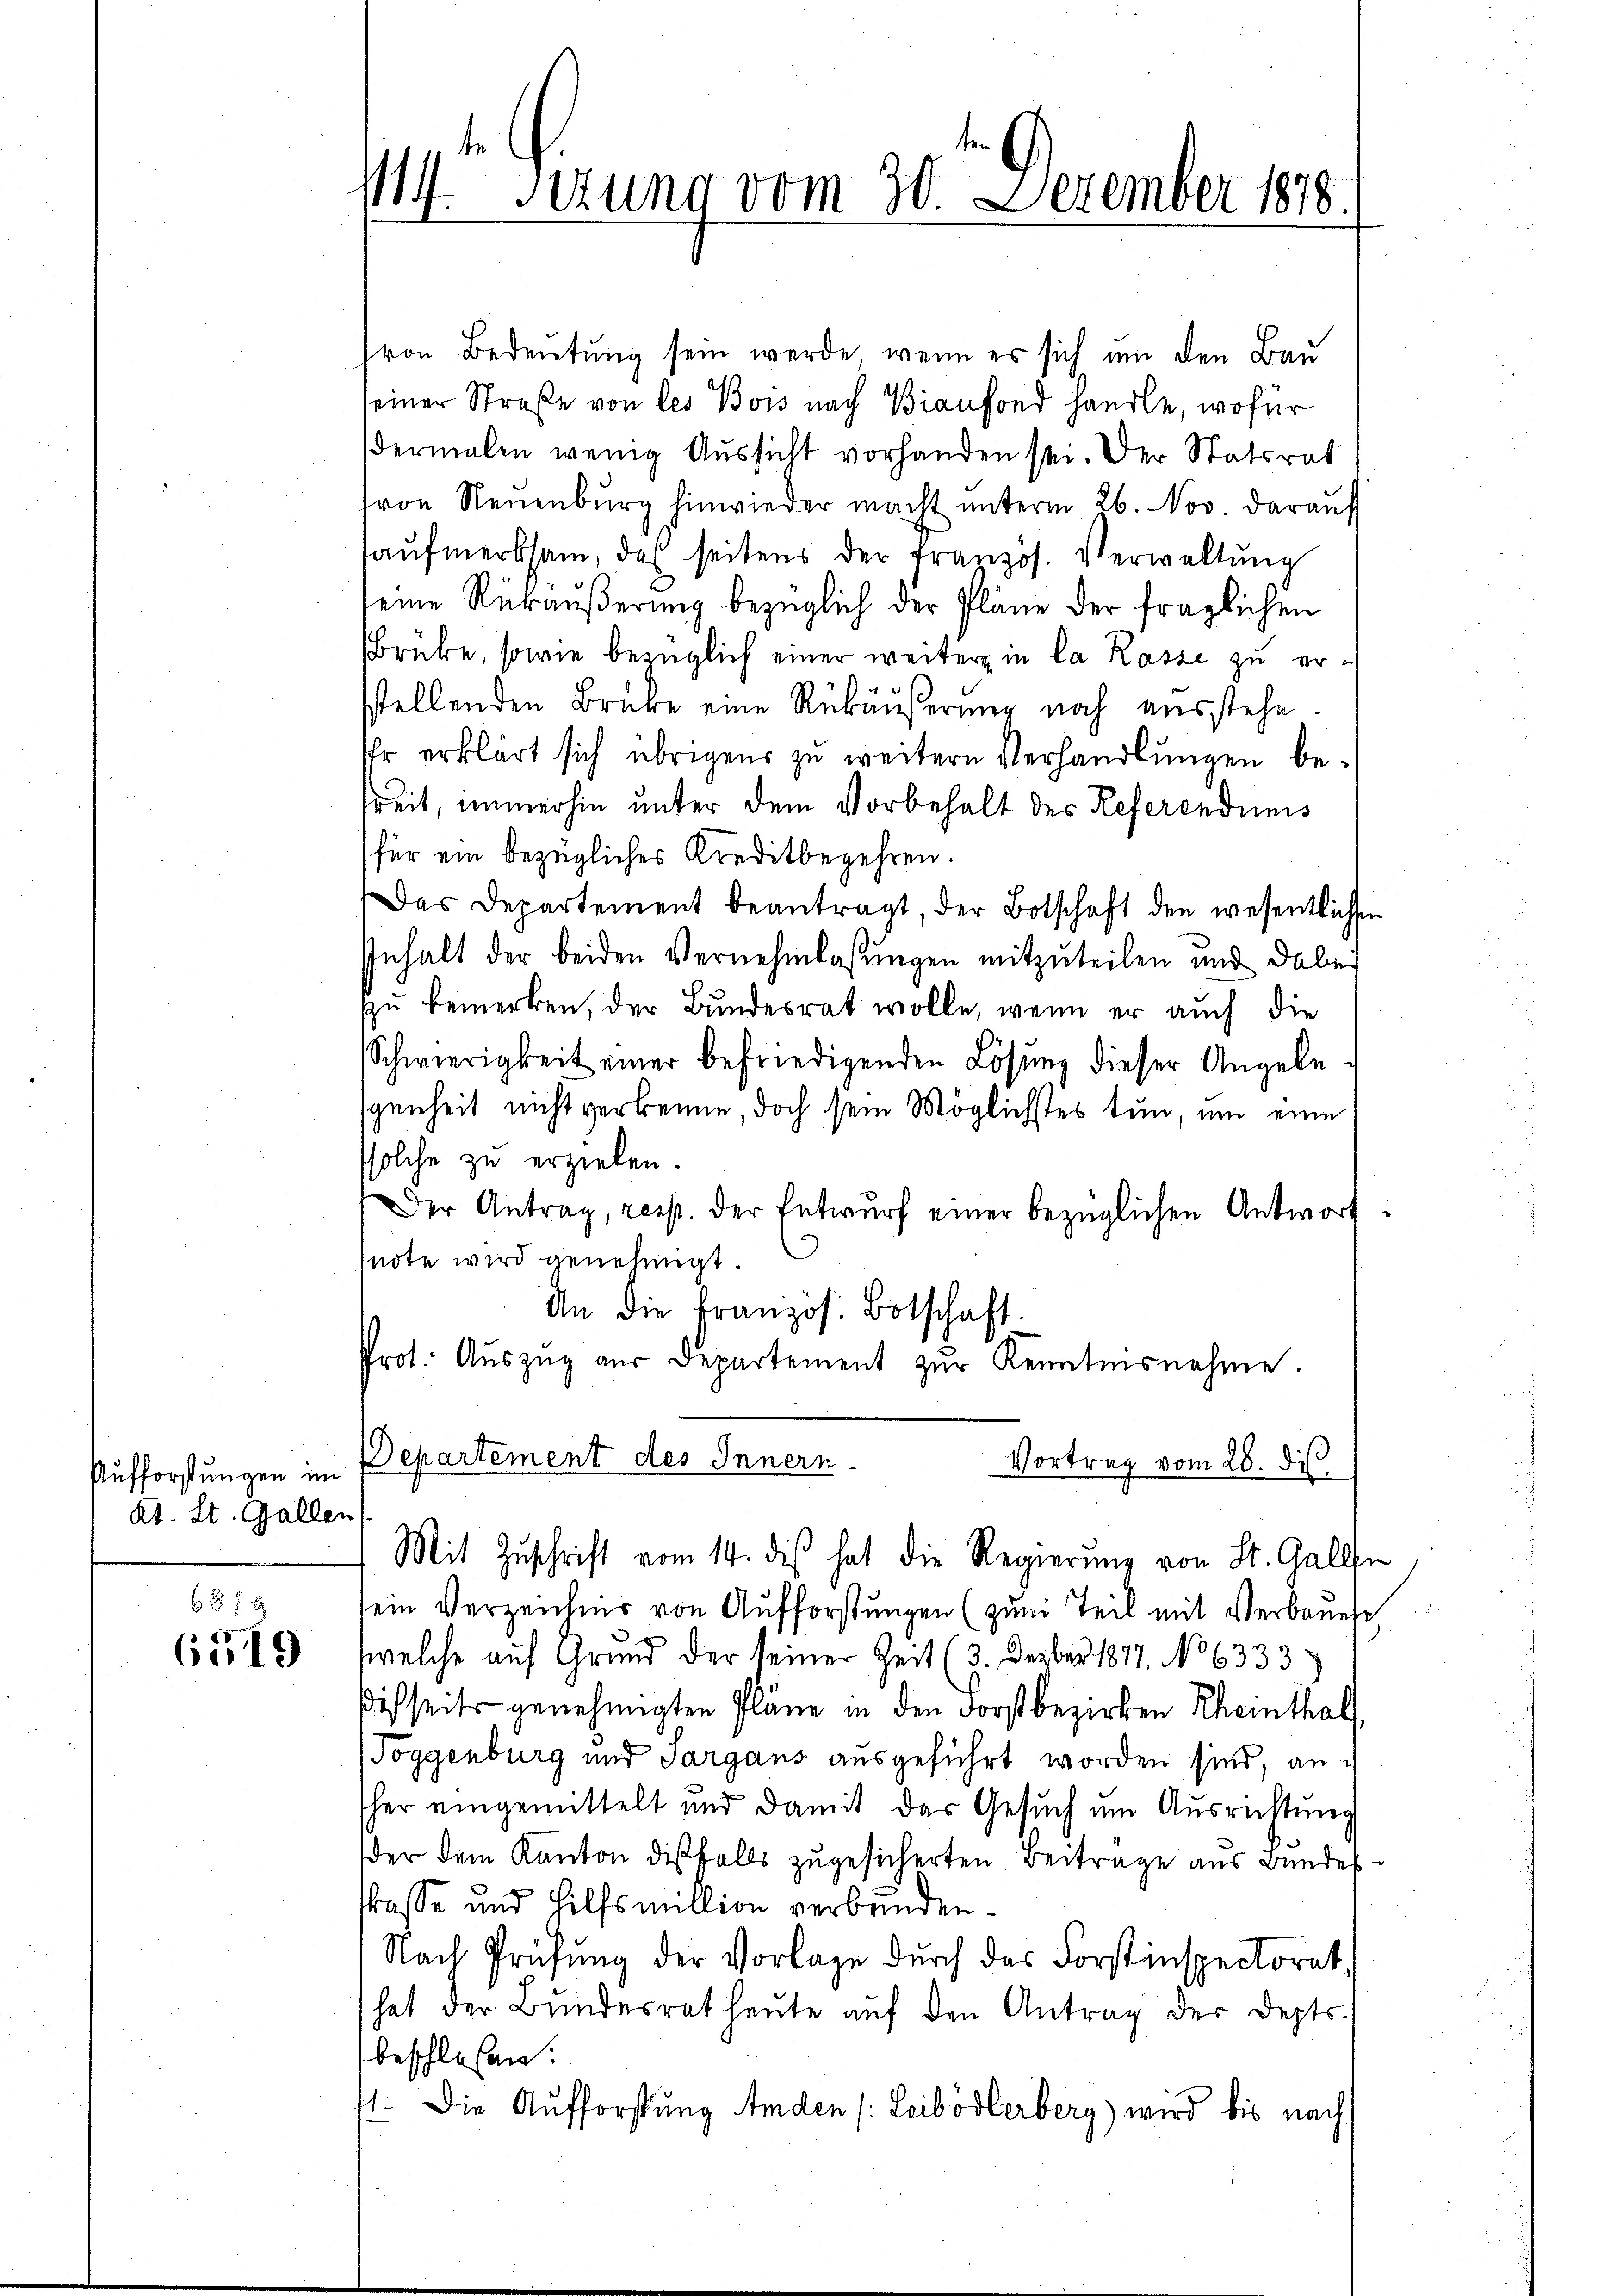
Aufforstungen im
Kt. St. Gallen

6 f 5 x
6519

114. Serung vom 30. Dezember 1878

von Bedeutung sein werde, wenn es sich um den Bau
seiner Straße von des Bois nach Bianfond handle, wofür
dermalen wenig Aussicht vorhanden sei. Der Statsrat
von Neuenburg hinwieder macht ŭnterm 26. Nov. darauf
aŭfmerksam, des seitens der französ. Verwaltŭng
eine Rückäußerung bezüglich der Pläne der fraglichen
Brüke, sowie bezüglich einer weiter in la Rasse zu ersstellenden Brüke eine Rükäußerung noch ausstehe.
Ihr erklärt sich übrigens zu weitern Verhandlungen bereit, immerhin unter dem Vorbehalt des Referendums
für ein bezügliches Kreditbegehren.
Das Departement beantragt, der Botschaft den wesentliche
Inhalt der beiden Vernehmlassungen mitzuteilen und dabei
zu bemerken, der Bundesrat wolle, wenn er auch die
Schwierigkeit einer befriedigenden Lösung dieser Angele-
genheit nicht verkenne, doch sein Möglichstes tun, um eine
solche zu erzielen.
Der Antrag, resp. der Entwurf einer bezüglichen Antwort
note wird genehmigt.
An die Französ. Botschaft.
Prot. Aŭszŭg aŭs Departement zŭr Kenntnisnahme.
Departement des Innern.
Vortrag vom 28. dis

Mit Zuschrift vom 14. dis hat die Regierung von St. Gallen
ein Verzeichnis von Aufforstŭngen (zum Teil mit Verbaŭese
welche auf Grund der seiner Zeit (3. Dezbr 1817. No 6333)
disseits genehmigten Pläne in den Forstbezirken Rheinthal
Toggenburg und Sargans ausgeführt worden sind, ansher eingemittelt und damit das Gesuch um Ausrichtung
der dem Kanton diesfalls zugesicherten Beitrage aus Bundes
tkasse und Hilfsmillion verbunden.
Nach Prüfung der Vorlage durch das Forstinspectorat
hat der Bundesrat heute auf den Antrag der Depts
beschlossen:
1. Die Aufforstung Amden /: Leibödlerberg) wird bis nach